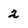
Character: 2